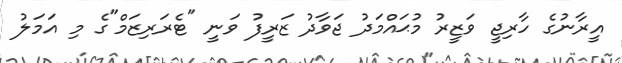
އީރާނުގެ ހާރިޖީ ވަޒީރު މުޙައްމަދު ޖަވާދު ޒަރީފު ވަނީ "ޓެރަރިޒަމް"ގެ މި އަމަލު